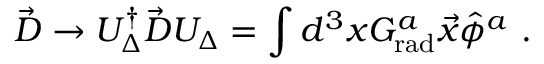
\vec { \cal D } \to { \cal U } _ { \Delta } ^ { \dagger } \vec { \cal D } { \cal U } _ { \Delta } = \int d ^ { 3 } x { \cal G } _ { \mathrm { r a d } } ^ { a } \vec { x } \hat { \phi } ^ { a } \ .